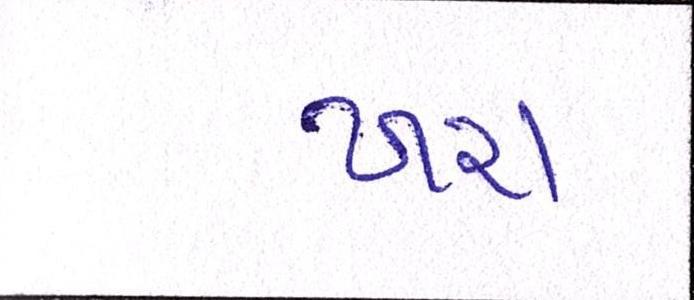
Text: ખરા